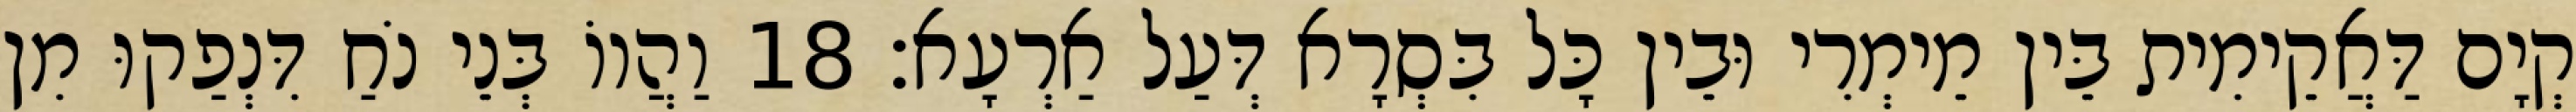
קְיָם דַּאֲקֵימִית בֵּין מֵימְרִי וּבֵין כָּל בִּסְרָא דְּעַל אַרְעָא׃ 18 וַהֲווֹ בְּנֵי נֹחַ דִּנְפַקוּ מִן